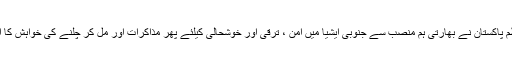
وزیر اعظم پاکستان نے بھارتی ہم منصب سے جنوبی ایشیا میں امن ، ترقی اور خوشحالی کیلئے پھر مذاکرات اور مل کر چلنے کی خواہش کا اظہار کیا۔